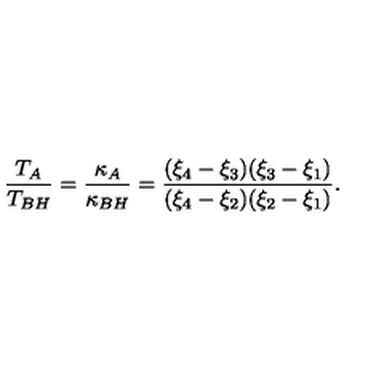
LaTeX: \frac { T _ { A } } { T _ { B H } } = \frac { \kappa _ { A } } { \kappa _ { B H } } = \frac { ( \xi _ { 4 } - \xi _ { 3 } ) ( \xi _ { 3 } - \xi _ { 1 } ) } { ( \xi _ { 4 } - \xi _ { 2 } ) ( \xi _ { 2 } - \xi _ { 1 } ) } .